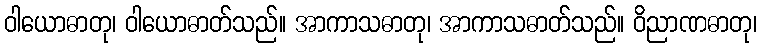
ဝါယောဓာတု၊ ဝါယောဓာတ်သည်။ အာကာသဓာတု၊ အာကာသဓာတ်သည်။ ဝိညာဏဓာတု၊